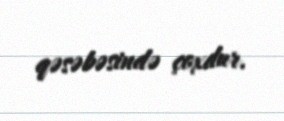
qəsəbəsində çoxdur.